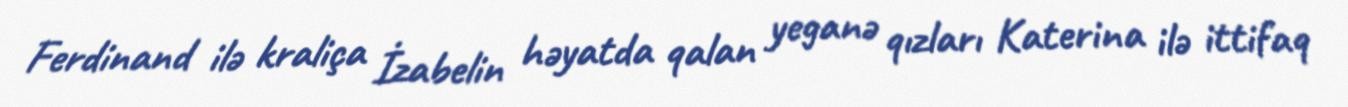
Ferdinand ilə kraliça İzabelin həyatda qalan yeganə qızları Katerina ilə ittifaq